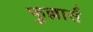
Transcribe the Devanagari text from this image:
फुल्लार्स